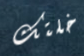
خلتك